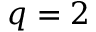
q = 2